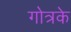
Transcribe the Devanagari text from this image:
गोत्रके